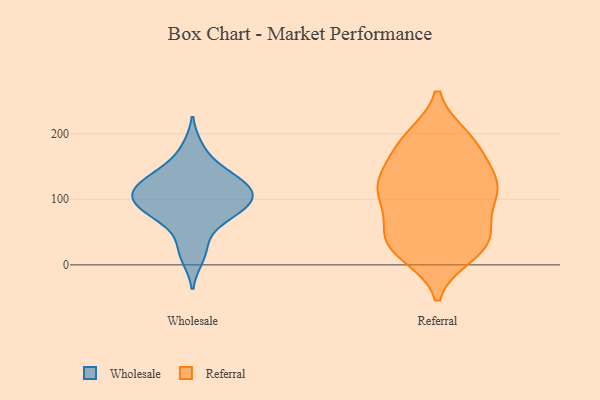
{"axis": {"x": "Demand Index", "y": "Value"}, "legend": ["Referral", "Wholesale"], "data": [{"x": "", "y": 103, "type": "Wholesale"}, {"x": "", "y": 31, "type": "Wholesale"}, {"x": "", "y": 94, "type": "Wholesale"}, {"x": "", "y": 75, "type": "Wholesale"}, {"x": "", "y": 147, "type": "Wholesale"}, {"x": "", "y": 100, "type": "Wholesale"}, {"x": "", "y": 125, "type": "Wholesale"}, {"x": "", "y": 178, "type": "Wholesale"}, {"x": "", "y": 108, "type": "Wholesale"}, {"x": "", "y": 77, "type": "Wholesale"}, {"x": "", "y": 11, "type": "Wholesale"}, {"x": "", "y": 117, "type": "Wholesale"}, {"x": "", "y": 132, "type": "Wholesale"}, {"x": "", "y": 132, "type": "Wholesale"}, {"x": "", "y": 71, "type": "Wholesale"}, {"x": "", "y": 99, "type": "Wholesale"}, {"x": "", "y": 52, "type": "Referral"}, {"x": "", "y": 121, "type": "Referral"}, {"x": "", "y": 118, "type": "Referral"}, {"x": "", "y": 122, "type": "Referral"}, {"x": "", "y": 160, "type": "Referral"}, {"x": "", "y": 21, "type": "Referral"}, {"x": "", "y": 35, "type": "Referral"}, {"x": "", "y": 194, "type": "Referral"}, {"x": "", "y": 16, "type": "Referral"}, {"x": "", "y": 191, "type": "Referral"}, {"x": "", "y": 78, "type": "Referral"}, {"x": "", "y": 175, "type": "Referral"}, {"x": "", "y": 190, "type": "Referral"}, {"x": "", "y": 31, "type": "Referral"}, {"x": "", "y": 102, "type": "Referral"}, {"x": "", "y": 117, "type": "Referral"}, {"x": "", "y": 34, "type": "Referral"}, {"x": "", "y": 49, "type": "Referral"}, {"x": "", "y": 132, "type": "Referral"}, {"x": "", "y": 111, "type": "Referral"}]}